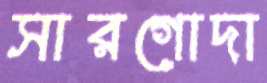
সারগোদা